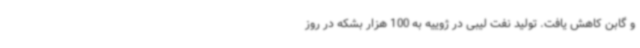
و گابن کاهش یافت. تولید نفت لیبی در ژوییه به 100 هزار بشکه در روز